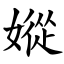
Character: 㜡